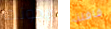
يخونها قافلة